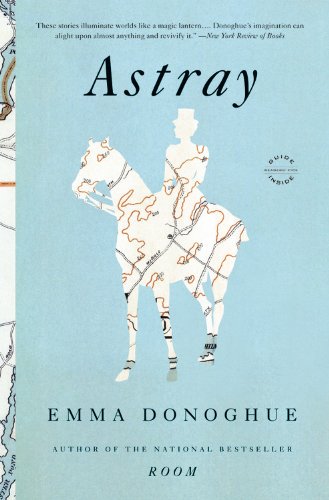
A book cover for Astray; Emma Donoghue; Literature & Fiction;